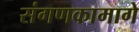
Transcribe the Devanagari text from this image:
संगणकामागे